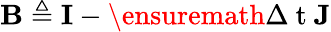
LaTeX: \mathbf{B}\triangleq\mathbf{I}-\ensuremath{\Delta\mathrm{~t~}}\mathbf{J}